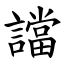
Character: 譡